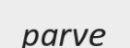
parve